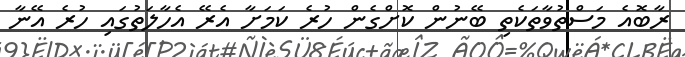
ރާބޮއެ މަސްތުވާތަކެތި ބޭނުން ކޮށްގެން ހުރެ ކަމަށާ އެރޭ އެހާލަތުގައި ހުރެ އޭނާ